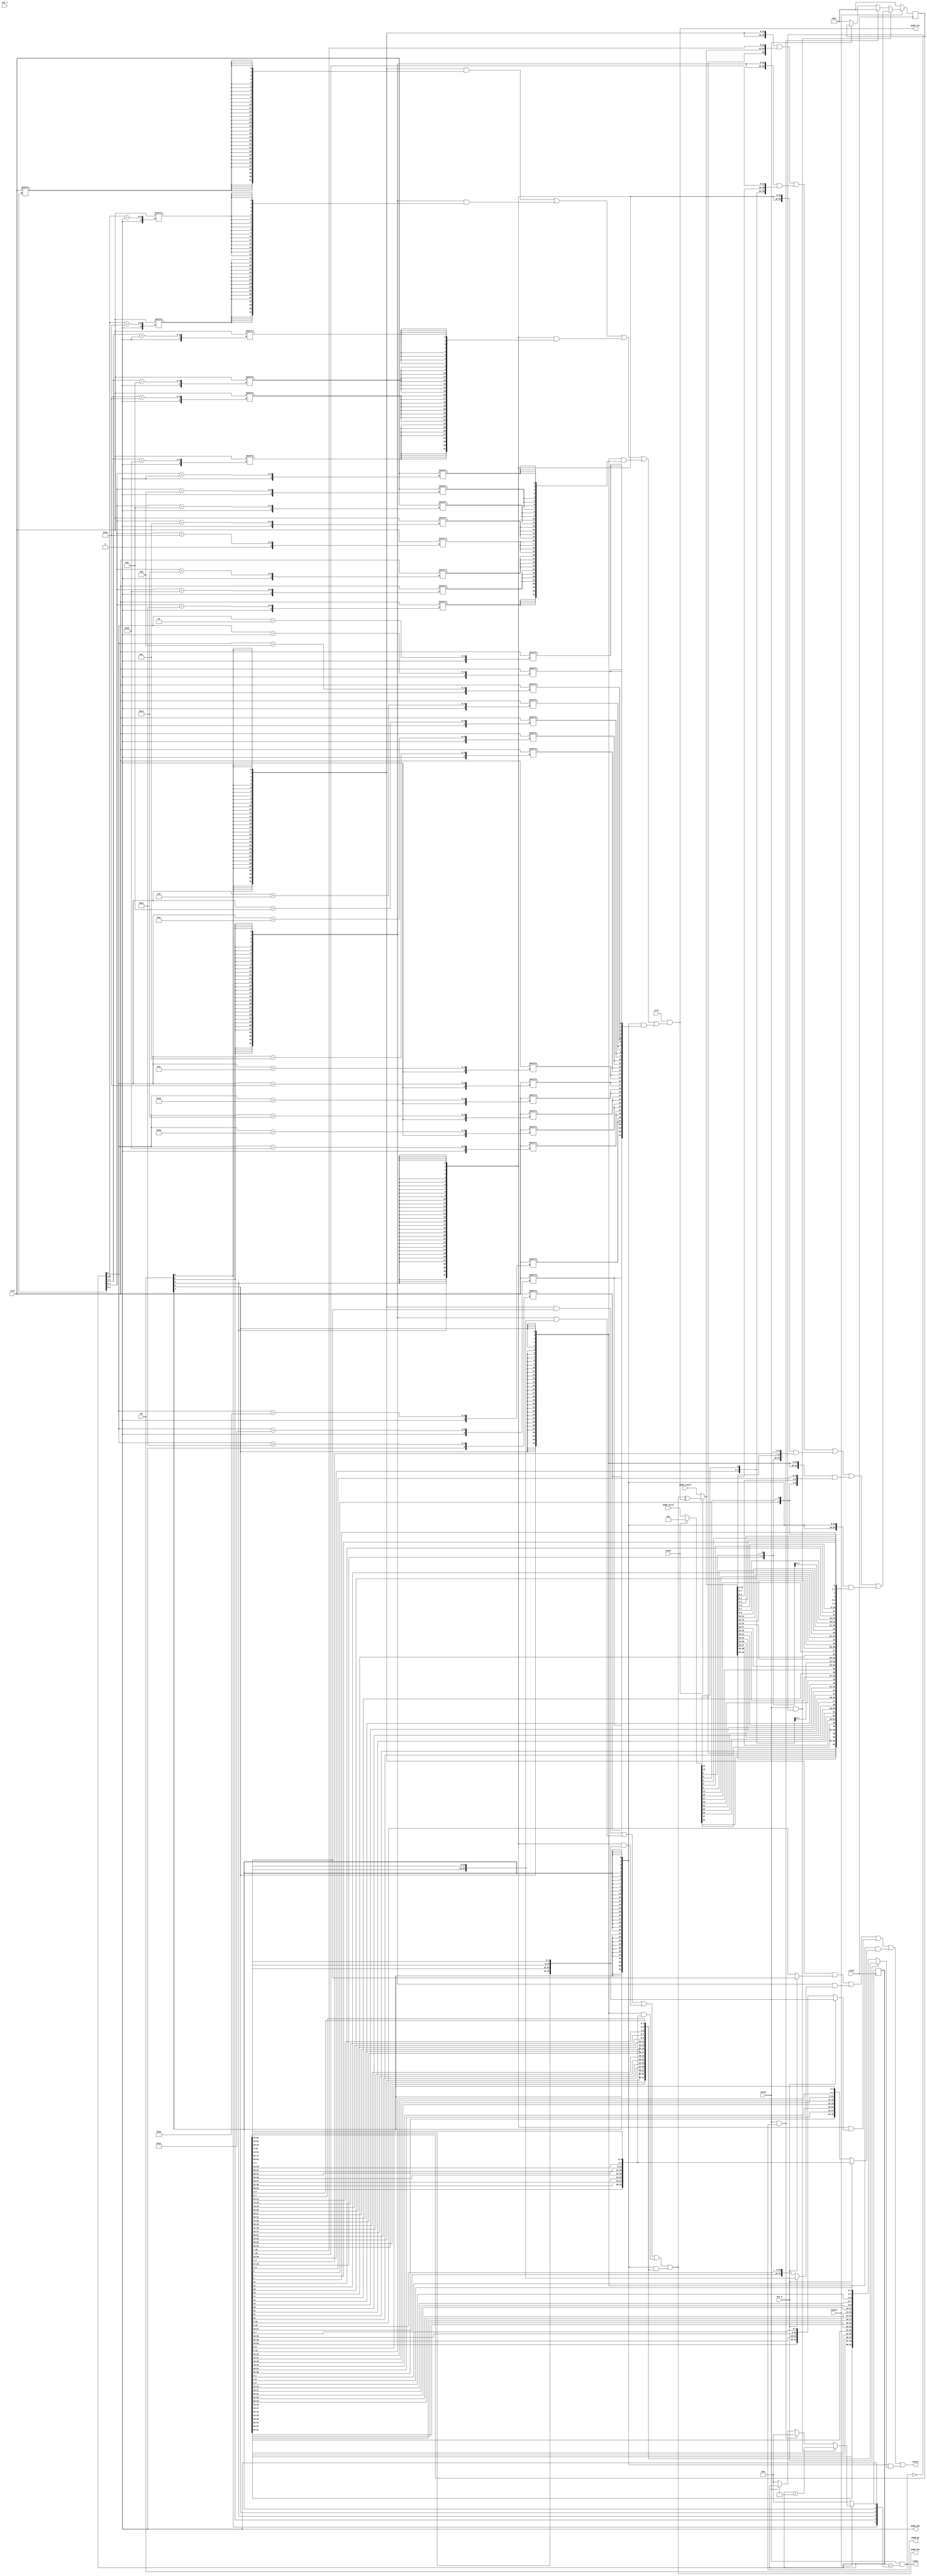
//
// SCARV Project
// 
// University of Bristol
// 
// RISC-V Cryptographic Instruction Set Extension
// 
// Reference Implementation
// 
// 


//
// module: p_mul_core
//
//  Core functionality of the multiplier that cannot be shared by other
//  blocks. Exposes an external interface which expects to be connected
//  to the p_addsub module.
//
module p_mul_core (

input              clock       ,
input              resetn      ,

input              valid       , // Input is valid
output      [ 0:0] ready       , // Output is ready

input              mul_l       , // Low half of result?
input              mul_h       , // High half of result?
input              clmul       , // Do a carryless multiply?
input       [4:0]  pw          , // Pack width specifier

input       [31:0] crs1        , // Source register 1
input       [31:0] crs2        , // Source register 2

output wire [31:0] result      , // [Carryless] multiply result

output wire [31:0] padd_lhs    , // Left hand input
output wire [31:0] padd_rhs    , // Right hand input.

output wire [ 4:0] padd_pw     , // Pack width to operate on
output wire [ 0:0] padd_sub    , // Subtract if set, else add.

input       [31:0] padd_carry  , // Carry bits
input       [31:0] padd_result   // Result of the operation

);


reg  [63:0] psum        ; // Current partial sum
wire [63:0] n_psum      ; // Next partial sum

reg  [ 5:0] count       ; // Number of steps executed so far.
wire [ 5:0] n_count     = count + 1;
wire [ 5:0] m_count     = {pw[0],pw[1],pw[2],pw[3],pw[4], 1'b0};
wire        finish      = valid && count == m_count;

assign      ready       = finish;

//
// One-hot pack width wires
wire pw_32 = pw[0];
wire pw_16 = pw[1];
wire pw_8  = pw[2];
wire pw_4  = pw[3];
wire pw_2  = pw[4];

// Mask for adding 32-bit values
wire [31:0] addm_32     = {32{crs2[count[4:0]]}};

// Mask for adding 16-bit values
wire [15:0] addm_16_0   = {16{crs2[count[3:0] +  0]}};
wire [15:0] addm_16_1   = {16{crs2[count[3:0] + 16]}};
wire [31:0] addm_16     = {addm_16_1, addm_16_0};

// Mask for adding 8-bit values
wire [ 7:0] addm_8_0    = {8{crs2[count[2:0] +  0]}};
wire [ 7:0] addm_8_1    = {8{crs2[count[2:0] +  8]}};
wire [ 7:0] addm_8_2    = {8{crs2[count[2:0] + 16]}};
wire [ 7:0] addm_8_3    = {8{crs2[count[2:0] + 24]}};
wire [31:0] addm_8      = {addm_8_3, addm_8_2,addm_8_1, addm_8_0};

// Mask for adding 4-bit values
wire [ 3:0] addm_4_0    = {4{crs2[count[1:0] +  0]}};
wire [ 3:0] addm_4_1    = {4{crs2[count[1:0] +  4]}};
wire [ 3:0] addm_4_2    = {4{crs2[count[1:0] +  8]}};
wire [ 3:0] addm_4_3    = {4{crs2[count[1:0] + 12]}};
wire [ 3:0] addm_4_4    = {4{crs2[count[1:0] + 16]}};
wire [ 3:0] addm_4_5    = {4{crs2[count[1:0] + 20]}};
wire [ 3:0] addm_4_6    = {4{crs2[count[1:0] + 24]}};
wire [ 3:0] addm_4_7    = {4{crs2[count[1:0] + 28]}};
wire [31:0] addm_4      = {addm_4_7, addm_4_6,addm_4_5, addm_4_4,
                           addm_4_3, addm_4_2,addm_4_1, addm_4_0};

// Mask for adding 2-bit values
wire [ 1:0] addm_2_0    = {2{crs2[count[  0] +  0]}};
wire [ 1:0] addm_2_1    = {2{crs2[count[  0] +  2]}};
wire [ 1:0] addm_2_2    = {2{crs2[count[  0] +  4]}};
wire [ 1:0] addm_2_3    = {2{crs2[count[  0] +  6]}};
wire [ 1:0] addm_2_4    = {2{crs2[count[  0] +  8]}};
wire [ 1:0] addm_2_5    = {2{crs2[count[  0] + 10]}};
wire [ 1:0] addm_2_6    = {2{crs2[count[  0] + 12]}};
wire [ 1:0] addm_2_7    = {2{crs2[count[  0] + 14]}};
wire [ 1:0] addm_2_8    = {2{crs2[count[  0] + 16]}};
wire [ 1:0] addm_2_9    = {2{crs2[count[  0] + 18]}};
wire [ 1:0] addm_2_10   = {2{crs2[count[  0] + 20]}};
wire [ 1:0] addm_2_11   = {2{crs2[count[  0] + 22]}};
wire [ 1:0] addm_2_12   = {2{crs2[count[  0] + 24]}};
wire [ 1:0] addm_2_13   = {2{crs2[count[  0] + 26]}};
wire [ 1:0] addm_2_14   = {2{crs2[count[  0] + 28]}};
wire [ 1:0] addm_2_15   = {2{crs2[count[  0] + 30]}};
wire [31:0] addm_2      = {addm_2_15, addm_2_14, addm_2_13, addm_2_12, 
                           addm_2_11, addm_2_10, addm_2_9 , addm_2_8 ,
                           addm_2_7 , addm_2_6 , addm_2_5 , addm_2_4 ,
                           addm_2_3 , addm_2_2 , addm_2_1 , addm_2_0 };

// Mask for the right hand packed adder input.
wire [31:0] padd_mask   =   {32{pw_32}} & addm_32   |
                            {32{pw_16}} & addm_16   |
                            {32{pw_8 }} & addm_8    |
                            {32{pw_4 }} & addm_4    |
                            {32{pw_2 }} & addm_2    ;

// Inputs to the packed adder

wire [31:0] padd_lhs_32 =  psum[63:32];

wire [31:0] padd_lhs_16 = {psum[63:48], psum[31:16]};

wire [31:0] padd_lhs_8  =
    {psum[63:56], psum[47:40], psum[31:24], psum[15:8]};

wire [31:0] padd_lhs_4  = 
    {psum[63:60], psum[55:52], psum[47:44], psum[39:36], 
     psum[31:28], psum[23:20], psum[15:12], psum[ 7: 4]};

wire [31:0] padd_lhs_2  =
    {psum[63:62], psum[59:58], psum[55:54], psum[51:50], 
     psum[47:46], psum[43:42], psum[39:38], psum[35:34], 
     psum[31:30], psum[27:26], psum[23:22], psum[19:18], 
     psum[15:14], psum[11:10], psum[ 7: 6], psum[ 3: 2]};

assign padd_lhs    = 
    {32{pw_32}} & padd_lhs_32 |
    {32{pw_16}} & padd_lhs_16 |
    {32{pw_8 }} & padd_lhs_8  |
    {32{pw_4 }} & padd_lhs_4  |
    {32{pw_2 }} & padd_lhs_2  ;

assign padd_rhs    = crs1 & padd_mask;

assign        padd_pw     = pw;
assign        padd_sub    = 1'b0;

// Result of the packed addition operation
wire [31:0] cadd_result ; // GF addition result.
wire [31:0] cadd_carry  = 32'b0; //

assign cadd_result = padd_lhs ^ padd_rhs;

wire [31:0] add_result =  clmul ? cadd_result : padd_result;
wire [31:0] add_carry  =  clmul ? cadd_carry  : padd_carry ;

wire [63:0] n_psum_32 = {add_carry[31],add_result,psum[31:1]};

wire [63:0] n_psum_16 = {add_carry[31],add_result[31:16],psum[47:33], 
                         add_carry[15],add_result[15: 0],psum[15:1 ]};

wire [63:0] n_psum_8  = {add_carry[31],add_result[31:24],psum[55:49], 
                         add_carry[23],add_result[23:16],psum[39:33], 
                         add_carry[15],add_result[15: 8],psum[23:17], 
                         add_carry[ 7],add_result[ 7: 0],psum[ 7: 1]};

wire [63:0] n_psum_4  = {add_carry[31],add_result[31:28],psum[59:57], 
                         add_carry[27],add_result[27:24],psum[51:49], 
                         add_carry[23],add_result[23:20],psum[43:41], 
                         add_carry[19],add_result[19:16],psum[35:33], 
                         add_carry[15],add_result[15:12],psum[27:25], 
                         add_carry[11],add_result[11: 8],psum[19:17], 
                         add_carry[ 7],add_result[ 7: 4],psum[11: 9], 
                         add_carry[ 3],add_result[ 3: 0],psum[ 3: 1]};

wire [63:0] n_psum_2  = {add_carry[31],add_result[31:30],psum[61], 
                         add_carry[29],add_result[29:28],psum[57], 
                         add_carry[27],add_result[27:26],psum[53], 
                         add_carry[25],add_result[25:24],psum[49], 
                         add_carry[23],add_result[23:22],psum[45], 
                         add_carry[21],add_result[21:20],psum[41], 
                         add_carry[19],add_result[19:18],psum[37], 
                         add_carry[17],add_result[17:16],psum[33], 
                         add_carry[15],add_result[15:14],psum[29], 
                         add_carry[13],add_result[13:12],psum[25], 
                         add_carry[11],add_result[11:10],psum[21], 
                         add_carry[ 9],add_result[ 9: 8],psum[17], 
                         add_carry[ 7],add_result[ 7: 6],psum[13], 
                         add_carry[ 5],add_result[ 5: 4],psum[ 9], 
                         add_carry[ 3],add_result[ 3: 2],psum[ 5], 
                         add_carry[ 1],add_result[ 1: 0],psum[ 1]};

assign n_psum = 
    {64{pw_32}} & n_psum_32 |
    {64{pw_16}} & n_psum_16 |
    {64{pw_8 }} & n_psum_8  |
    {64{pw_4 }} & n_psum_4  |
    {64{pw_2 }} & n_psum_2  ;

wire [31:0] intermediate = psum >> (32-count);

wire [31:0] result_32 = mul_h ? padd_lhs_32 : psum[31:0];

wire [31:0] result_16 = mul_h ? padd_lhs_16 : {psum[47:32],psum[15:0]};

wire [31:0] result_8  = mul_h ? padd_lhs_8  : 
    {psum[55:48],psum[ 39:32],psum[23:16],psum[ 7:0]};

wire [31:0] result_4  = mul_h ? padd_lhs_4  : 
    {psum[59:56], psum[51:48], psum[43:40], psum[35:32],
     psum[27:24], psum[19:16], psum[11: 8], psum[ 3: 0]};

wire [31:0] result_2  = mul_h ? padd_lhs_2  : 
    {psum[61:60], psum[57:56], psum[53:52], psum[49:48], 
     psum[45:44], psum[41:40], psum[37:36], psum[33:32], 
     psum[29:28], psum[25:24], psum[21:20], psum[17:16], 
     psum[13:12], psum[ 9: 8], psum[ 5: 4], psum[ 1: 0]};

assign result = 
    {32{pw_32}} & result_32 |
    {32{pw_16}} & result_16 |
    {32{pw_8 }} & result_8  |
    {32{pw_4 }} & result_4  |
    {32{pw_2 }} & result_2  ;

//
// Update the count register.
always @(posedge clock) begin
    if(!resetn) begin
        count <= 0;
    end else if(valid && !finish) begin
        count <= n_count;
    end else if(valid &&  finish) begin
        count <= 0;
    end else if(!valid) begin
        count <= 0;
    end
end

//
// Update the partial sum register
always @(posedge clock) begin
    if(!resetn) begin
        psum <= 0;
    end else if(valid && !finish) begin
        psum <= n_psum;
    end else if(valid &&  finish) begin
        psum <= 0;
    end else if(!valid) begin
        psum <= 0;
    end
end

endmodule